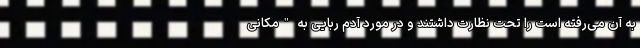
به آن می‌رفته است را تحت نظارت داشتند و در مورد آدم ربایی به "مکانی